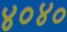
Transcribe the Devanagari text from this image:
४०४०